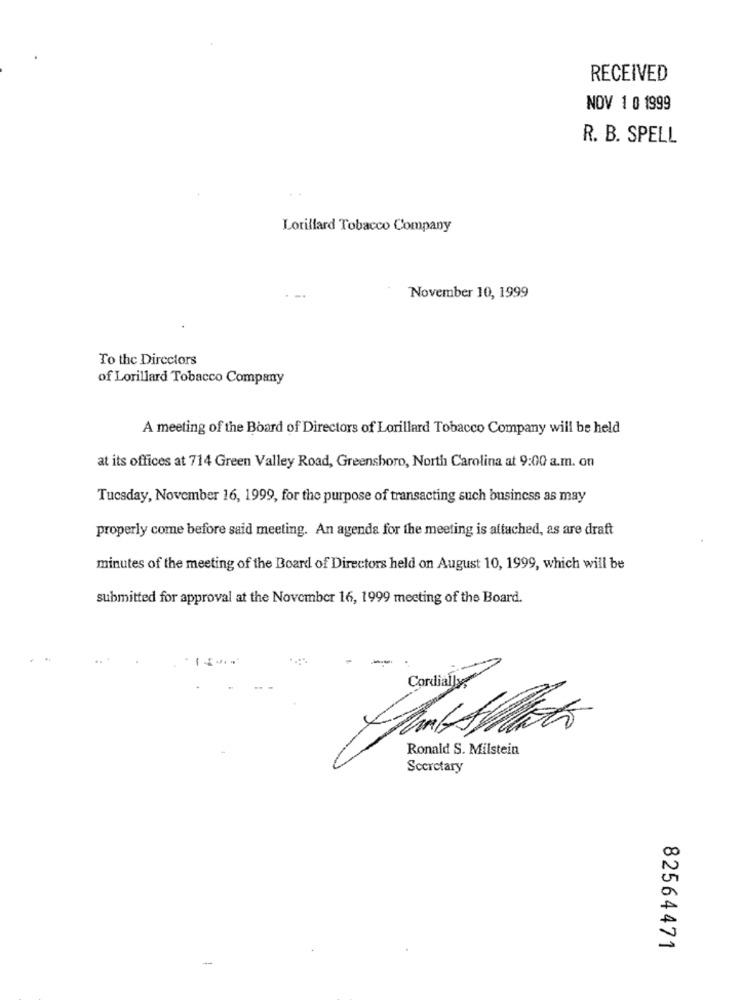
RECEIVED
NOV 1 0 1999
R. B. SPELL
Lorillard Tobacco Company
November 10, 1999
To the Directors
of Lorillard Tobacco Company
A meeting of the Board of Directors of Lorillard Tobacco Company will be held
at its offices at 714 Green Valley Road, Greensboro, North Carolina at 9:00 a.m. on
Tuesday, November 16, 1999, for the purpose of transacting such business as may
properly come before said meeting. An agenda for the meeting is altached, as are draft
minutes of the meeting of the Board of Directors held on August 10, 1999, which will be
submitted for approval at the November 16, 1999 meeting of the Board.
Ronald S. Milstein
Secretary
82564471